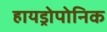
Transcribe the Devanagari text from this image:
हायड्रोपोनिक